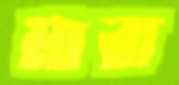
মারা